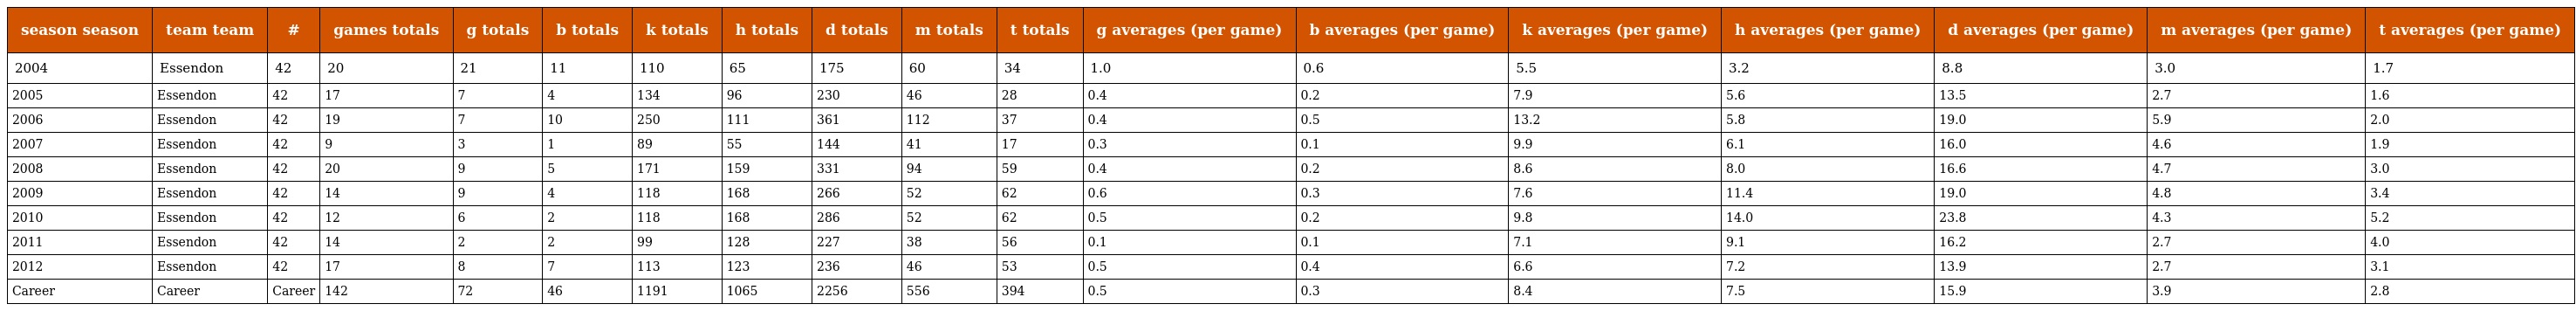
| season season | team team | # | games totals | g totals | b totals | k totals | h totals | d totals | m totals | t totals | g averages (per game) | b averages (per game) | k averages (per game) | h averages (per game) | d averages (per game) | m averages (per game) | t averages (per game) |
 | --- | --- | --- | --- | --- | --- | --- | --- | --- | --- | --- | --- | --- | --- | --- | --- | --- | --- |
 | 2004 | Essendon | 42 | 20 | 21 | 11 | 110 | 65 | 175 | 60 | 34 | 1.0 | 0.6 | 5.5 | 3.2 | 8.8 | 3.0 | 1.7 |
 | 2005 | Essendon | 42 | 17 | 7 | 4 | 134 | 96 | 230 | 46 | 28 | 0.4 | 0.2 | 7.9 | 5.6 | 13.5 | 2.7 | 1.6 |
 | 2006 | Essendon | 42 | 19 | 7 | 10 | 250 | 111 | 361 | 112 | 37 | 0.4 | 0.5 | 13.2 | 5.8 | 19.0 | 5.9 | 2.0 |
 | 2007 | Essendon | 42 | 9 | 3 | 1 | 89 | 55 | 144 | 41 | 17 | 0.3 | 0.1 | 9.9 | 6.1 | 16.0 | 4.6 | 1.9 |
 | 2008 | Essendon | 42 | 20 | 9 | 5 | 171 | 159 | 331 | 94 | 59 | 0.4 | 0.2 | 8.6 | 8.0 | 16.6 | 4.7 | 3.0 |
 | 2009 | Essendon | 42 | 14 | 9 | 4 | 118 | 168 | 266 | 52 | 62 | 0.6 | 0.3 | 7.6 | 11.4 | 19.0 | 4.8 | 3.4 |
 | 2010 | Essendon | 42 | 12 | 6 | 2 | 118 | 168 | 286 | 52 | 62 | 0.5 | 0.2 | 9.8 | 14.0 | 23.8 | 4.3 | 5.2 |
 | 2011 | Essendon | 42 | 14 | 2 | 2 | 99 | 128 | 227 | 38 | 56 | 0.1 | 0.1 | 7.1 | 9.1 | 16.2 | 2.7 | 4.0 |
 | 2012 | Essendon | 42 | 17 | 8 | 7 | 113 | 123 | 236 | 46 | 53 | 0.5 | 0.4 | 6.6 | 7.2 | 13.9 | 2.7 | 3.1 |
 | Career | Career | Career | 142 | 72 | 46 | 1191 | 1065 | 2256 | 556 | 394 | 0.5 | 0.3 | 8.4 | 7.5 | 15.9 | 3.9 | 2.8 |